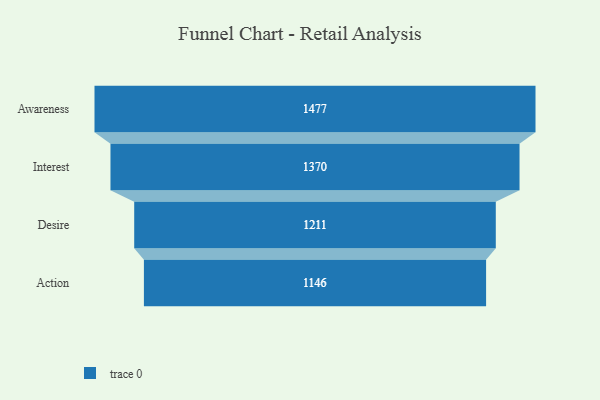
{"axis": {"x": "Stage", "y": "Value"}, "legend": [""], "data": [{"x": "Awareness", "y": 1477.0, "type": ""}, {"x": "Interest", "y": 1370.0, "type": ""}, {"x": "Desire", "y": 1211.0, "type": ""}, {"x": "Action", "y": 1146.0, "type": ""}]}